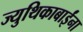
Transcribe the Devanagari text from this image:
ज्युथिकाबाईंना